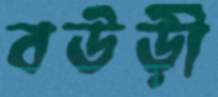
বউড়ী